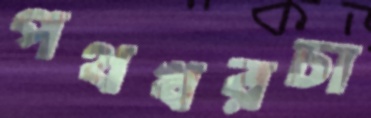
পথখরচা